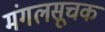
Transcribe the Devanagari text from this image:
मंगलसूचक